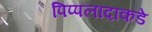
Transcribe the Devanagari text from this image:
पिप्पलादाकडे